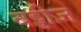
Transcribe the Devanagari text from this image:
बड्डीज़